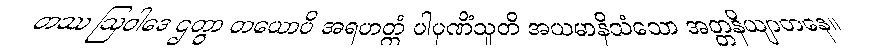
တဿ ဩဝါဒေ ဌတွာ တယောပိ အရဟတ္တံ ပါပုဏိံသူတိ အယမာနိသံသော အတ္တနိယျာတနေ။